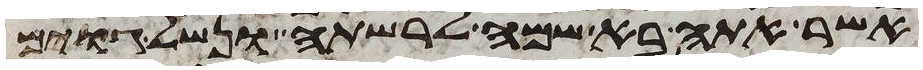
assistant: אשר אתה בא שמה לרשתה ונשל גוים